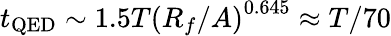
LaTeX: t_{\mathrm{QED}}\sim 1.5T\left(R_{f}/A\right)^{0.645}\approx T/70